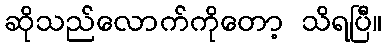
ဆိုသည်လောက်ကိုတော့ သိရပြီ။